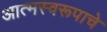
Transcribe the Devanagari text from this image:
आत्मस्वरूपाचे